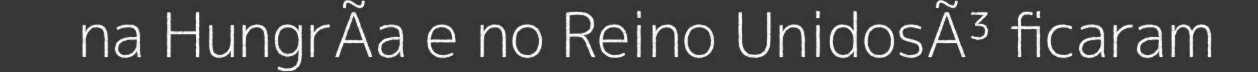
na HungrÃa e no Reino UnidosÃ³ ficaram